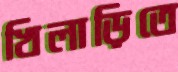
খিলাড়িতে